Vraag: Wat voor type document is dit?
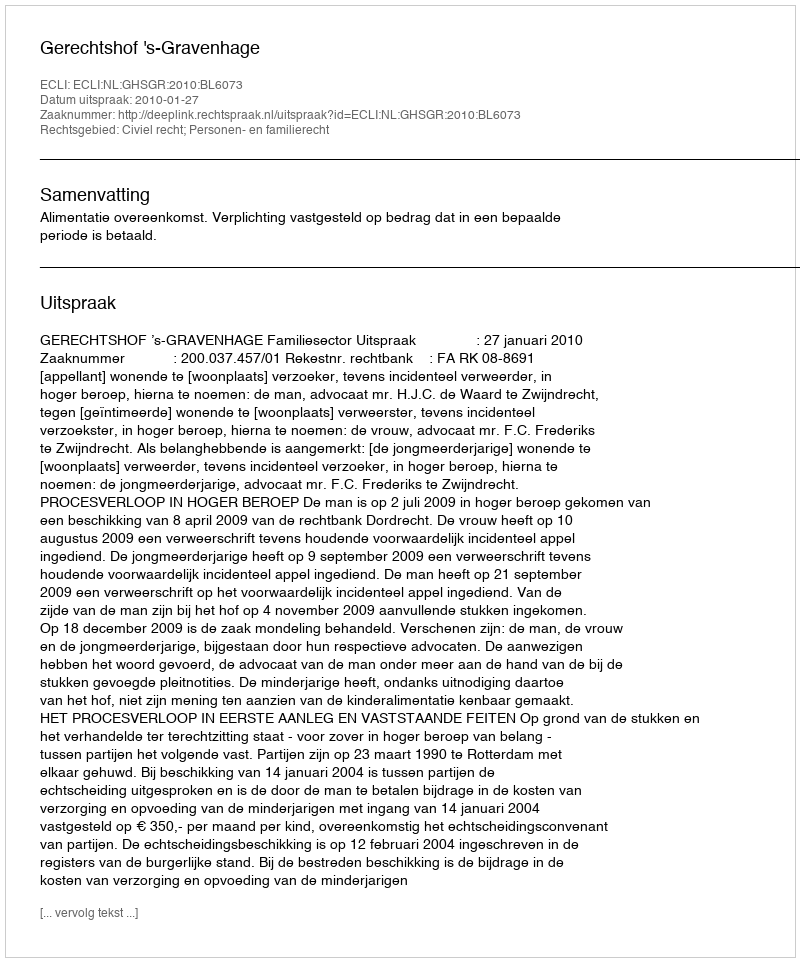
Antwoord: Uitspraak